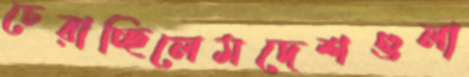
চেরাচ্ছিলেমদেশগুলা